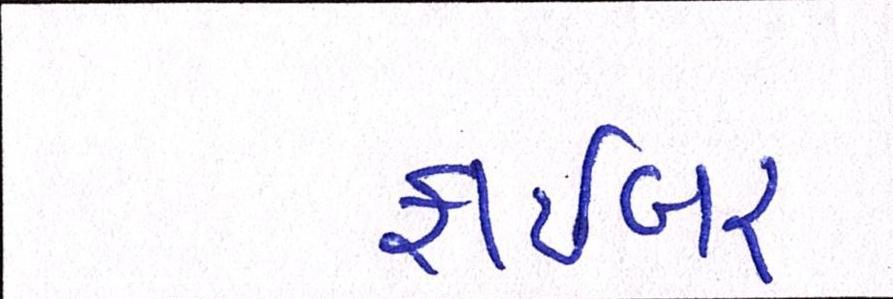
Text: ફાઇબર